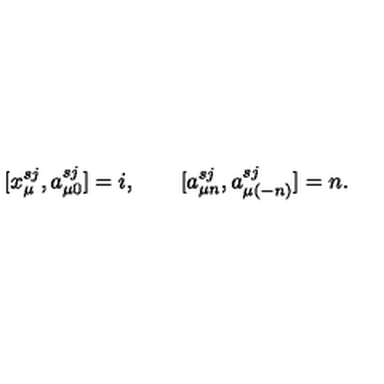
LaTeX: [ x _ { \mu } ^ { s j } , a _ { \mu 0 } ^ { s j } ] = i , \qquad [ a _ { \mu n } ^ { s j } , a _ { \mu ( - n ) } ^ { s j } ] = n .